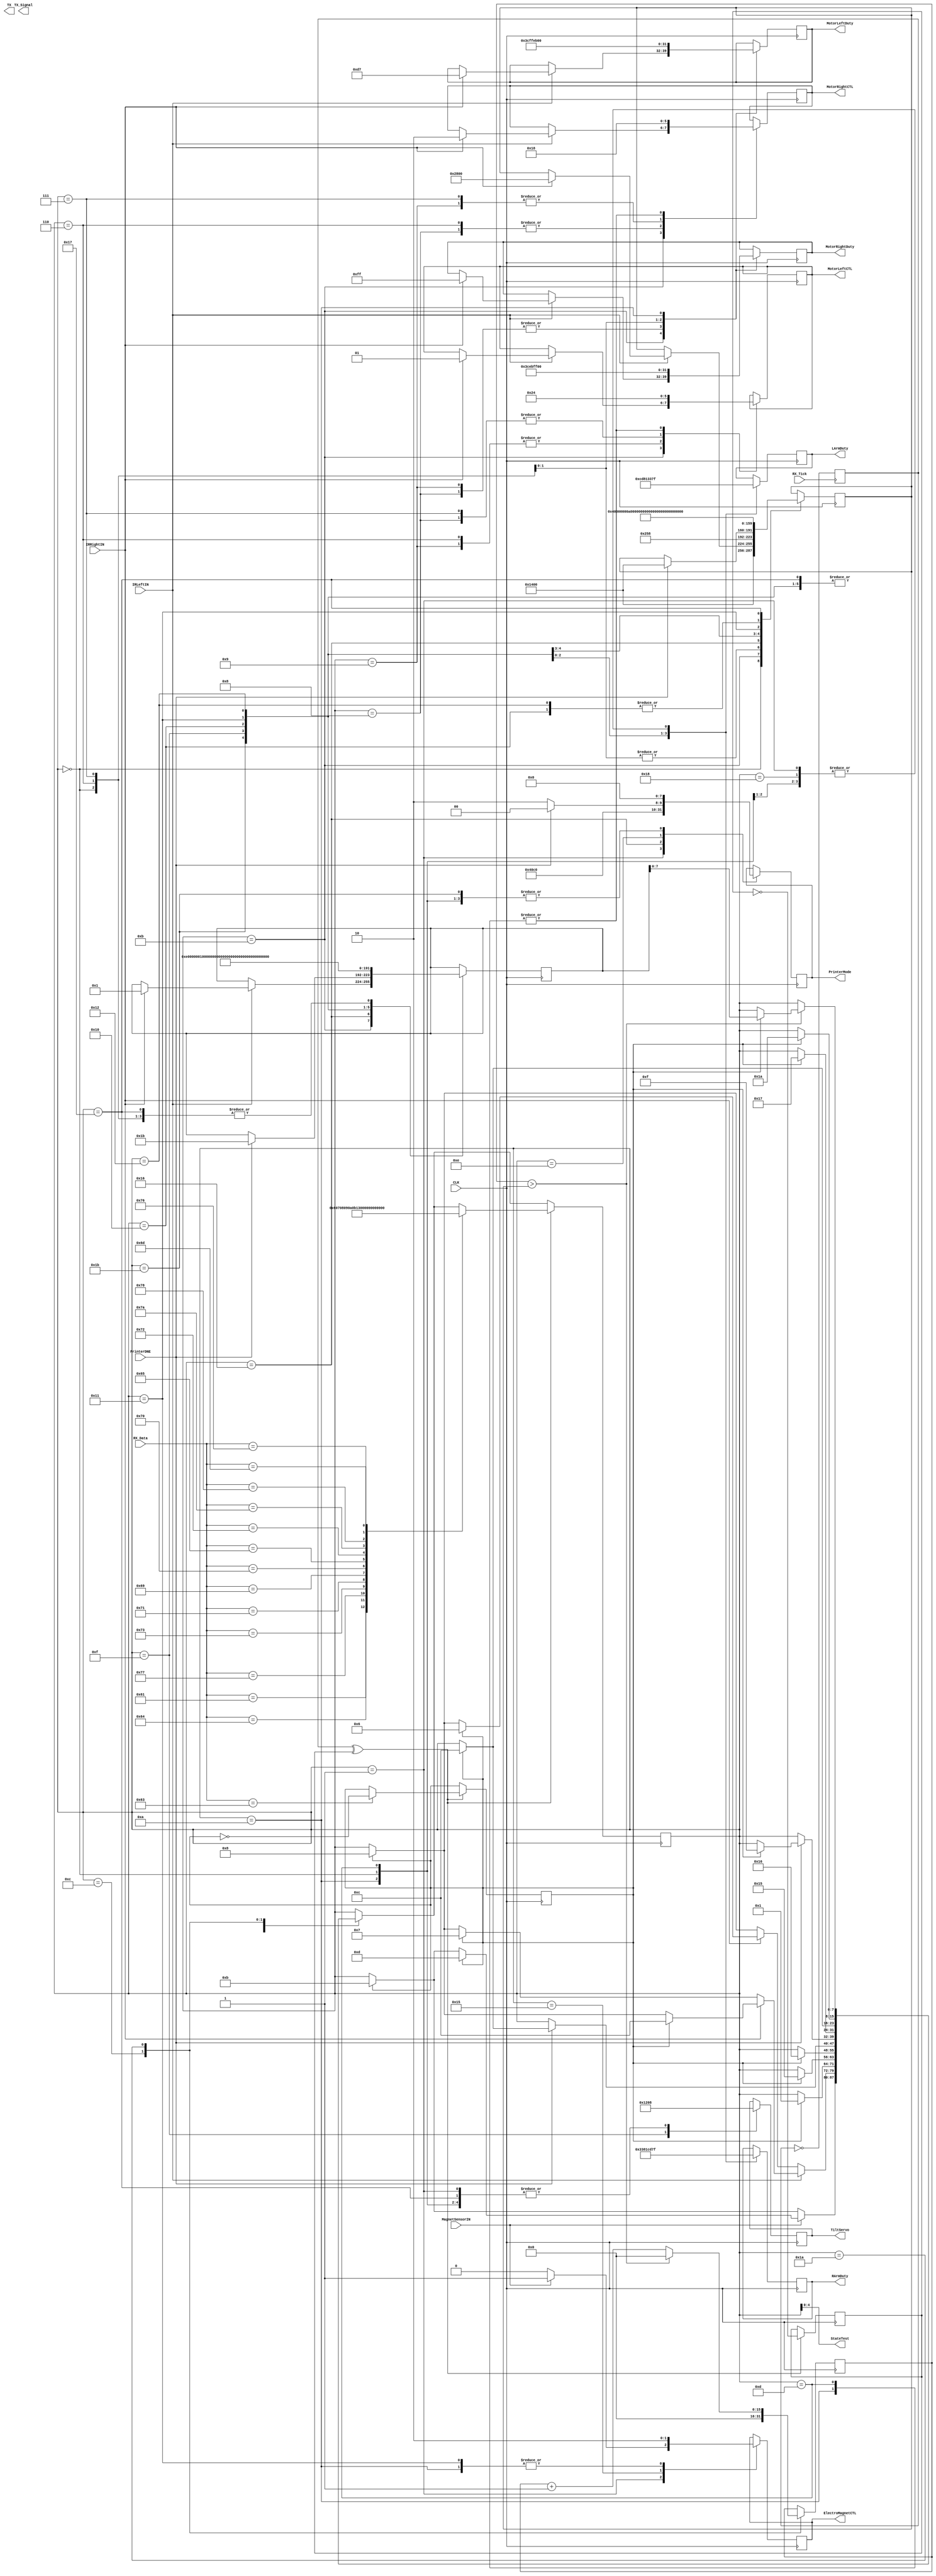
`timescale 1ns / 1ps
//////////////////////////////////////////////////////////////////////////////////
// Company: 
// 
// Design Name: 
// Module Name:    AI_Main 
// Project Name: 	 Project Lab 1 - Washer Retriever
// Target Devices: Xilinx 
// Tool versions: 
// Description: All high-level AI state-machine logic is performed here.
//				Subsequent operations are handled in sub-files with AI_ as the 
//				prefix.
//
// Dependencies: 
//
// Revision: 0.02
// Revision 0.01 - File Created
// Additional Comments: 
//
//////////////////////////////////////////////////////////////////////////////////
module AI(
	 input CLK,
    input MagnetSensorIN,
	 input IRLeftIN, // Infared sensors
	 input IRRightIN,
	 input [7:0] RX_Data,
	 input RX_Tick,
	 input PrinterDNE,
	 
    output reg ElectroMagnetCTL,
	 output reg [7:0] MotorLeftDuty, // duty cycle controller
    output reg [1:0] MotorLeftCTL,
    output reg [7:0] MotorRightDuty,
    output reg [1:0] MotorRightCTL,
    output reg [7:0] TiltServo,
	 output reg [7:0] LArmDuty,
	 output reg [7:0] RArmDuty,
	 output [4:0] StateTest, // test bits for state, use with 7-seg
	 output reg [7:0] TX, // Data to write to transmitter
	 output reg TX_Signal, // turn on to "send", off to reset
	 output reg [7:0] PrinterMode
    );
	 // Brian changed motor speed to 10 at 7:26 pm.
	 //parameter LINECOUNT = 1660; // estimated lines (0x06b3)
	 //parameter LINECOUNT = 1900;
	 parameter SECONDCNT = 5120; // time for 1 second
	 parameter MOTOR_SPEED = 60; // 256-50 = 196 inverted speed
	 parameter ARM_SLEEP = (SECONDCNT*6)/4; // back / forward servo timing
	 parameter TURN_SPEED = 255; // speed used for turning
	 
	 reg [7:0] MotorLeftDuty_; // duty cycle controller
    reg [1:0] MotorLeftCTL_;
    reg [7:0] MotorRightDuty_;
    reg [1:0] MotorRightCTL_;
	 reg ElectromagnetCTL_;
	 //wire IRLeftIN_N, IRRightIN_N;
	 
	 // Assume that enum counts from 0 -> N
	 parameter S_INITIAL = 0;
	 parameter S_METALDETECT = 1;
	 parameter S_ULTRASOUND = 2;
	 parameter S_EDGELEFT = 3;
	 parameter S_EDGECENTER = 4;
	 parameter S_EDGERIGHT = 5;
	 parameter S_TURNLEFT = 6;
	 parameter S_TURNRIGHT = 7;
	 parameter S_MOVEFWD = 8;
	 parameter S_MOVEBACK = 9;
	 parameter S_STOP = 10;		// 	A
	 parameter S_IR = 11;		// 	B
	 parameter S_WAIT = 12;		// 	C
	 parameter S_METAL_FOUND = 13;//	D 	
	 parameter S_RETURN_HEAD = 14;// E	
	 parameter S_SERVOBACK = 15;// 	F
	 parameter S_MOVE_ARMS_BACK = 16;// 	
	 parameter S_DROP = 17;		// 	
	 parameter S_MOVE_ARMS_FORWARD = 18;
	 parameter S_MANAGE_PRINTERHEAD = 19;
	 parameter S_SOUNDSENSE = 20; // move the robot to a specific sound (2-signal phase change)
	 parameter S_ENABLE_MAGNET = 21;
	 parameter S_MOVE_COLLECT = 22;
	 parameter S_TILT_SERVO_BACK = 23;
	 parameter S_STOP_ARMS = 24;
	 parameter S_AUDIO_FILTER_FOLLOW = 25;
	 parameter S_WAIT2 = 26;		// 	C
	 parameter S_MOVE_WAIT = 27;
	 
	 parameter S_PRINTER_STOP = 0;
	 parameter S_PRINTER_CONTROL = 1;
	 parameter S_PRINTER_CENTER = 2;
	 parameter S_PRINTER_COLLECT = 3;
	 parameter S_PRINTER_SLEEP = 4;
	
	 reg [7:0] state;
	 reg enableStateChange;
	 reg RX_X, RX_Y;
	 wire RX_Z;
	
	 // State machine
	 integer meta, meta2; 
				// inter-state data, usually assigned if an action occurs that
				// has a parameter.
	 reg [15:0] Counter; // used for waiting and counting on metal detect
	 
	 
//	 assign StateTest = state; // sets state output
	 
	 initial begin
		state = 0;
		meta = 0;
		meta2 = 0;
		MotorLeftDuty = 0;
		MotorLeftCTL = 0;
		MotorRightDuty = 0;
		MotorRightCTL = 0;
		ElectroMagnetCTL = 0;
		Counter = 0;
		LArmDuty = 0;
		RArmDuty = 0;
		enableStateChange = 1;
		RX_X = 0;
		RX_Y = 0;
		PrinterMode = 0;
	 end
	 
	 xor(RX_Z, RX_X, RX_Y);
	 //assign IRLeftIN_N = IRLeftIN;
	 //assign IRRightIN_N = IRRightIN;
	 //assign IRLeftIN_N = ~IRLeftIN;
	 //assign IRRightIN_N = ~IRRightIN;
	 assign StateTest = state;
	 
	 always @ (posedge RX_Tick) begin
		RX_X <= ~RX_X;
	 end
	 
	 always @ (posedge CLK) begin
		case(state)
				// initial state caller
			S_INITIAL: begin
							//PrinterCTL <= 1;
							PrinterMode <= 0;
							TiltServo <= 8;
							//LArmDuty <= 51; // approx 80% Duty (Clockwise)
							//RArmDuty <= 205; // approx 20% Duty (Counter Clockwise)
							
							LArmDuty <= 127; // approx 50% Duty
							RArmDuty <= 127; // approx 50% Duty
							
							meta <= SECONDCNT;  // ticks to wait
							meta2 <= S_METALDETECT; // Return state
							state = enableStateChange ? S_WAIT : state;
						end
						
			S_METALDETECT: begin // drive printer head
						// stop vex motor
						LArmDuty <= 127; // approx 50% Duty (Neutral)
						RArmDuty <= 127; // approx 50% Duty (Neutral)
						PrinterMode <= S_PRINTER_CONTROL;
						
						
						ElectroMagnetCTL <= 0; // make sure electromagnet is off
						TiltServo <= 8; // make sure servo is down
						
						state = enableStateChange ? S_IR : state; // this state is overridden
						if(MagnetSensorIN) begin // detected!
							ElectroMagnetCTL <= 1;
							state = enableStateChange ? S_METAL_FOUND : state;
						end
					end
			
			S_IR:	begin // IR will work on any surface if a good sensor type is used
						state = enableStateChange ? S_MOVEFWD : state; // else the tank will continue to move forward.
						
						// test if Both are on
						if(IRLeftIN) begin
							if(IRRightIN) begin // both are triggered, turn right
								// turn the bot right
								MotorLeftCTL <= 2'b01; // H-bridge value
								MotorLeftDuty <= TURN_SPEED-40; // PWM (tankmotor) value
								MotorRightCTL <= 2'b10;
								MotorRightDuty <= TURN_SPEED; // half speed
							
								// set wait
								meta <= 2*SECONDCNT;  // ticks to wait for turn
								meta2 <= S_METALDETECT; // Return state
								state = enableStateChange ? S_WAIT : state;
								//PrinterMode <=  S_PRINTER_STOP;
								// test left side
							end else begin
								state = enableStateChange ? S_TURNRIGHT : state;	// turn right until course is corrected.
								//PrinterDuty <= 0;
								//PrinterMode <= S_PRINTER_STOP;
								// test right side
							end
						end else if(IRRightIN) begin
							state = enableStateChange ? S_TURNLEFT : state;	// turn left until course is corrected.
							//PrinterMode <= S_PRINTER_STOP;
						end
					end
					
					//Filter_Left, // Is the filter detecting the left side phase?
					//Filter_Detect, // is a signal being detected?
					//[15:0] Filter_Phase, // Phase between microphones
			/*S_AUDIO_FILTER_FOLLOW: begin
						state = enableStateChange ? S_MOVEFWD : state; // else the tank will continue to move forward.
						if(Filter_Detect) begin
							// go a direction based on PhaseDetector
							// do not use timed system; This will allow
							//	for the printer head to be functional at the same time.
							
							// this only occurs when the robot is > 5 degrees off.
							if(Filter_Phase > (5 )*8) begin
								if(Filter_Left) begin // go left?
										state = enableStateChange ? S_TURNLEFT : state; // else the tank will continue to move forward.
								end else begin // go right?
										state = enableStateChange ? S_TURNRIGHT : state; // else the tank will continue to move forward.
								end
							end else begin
								state = enableStateChange ? S_MOVEFWD : state; // else the tank will continue to move forward.
							end
						end
					end*/
			
			S_MOVEFWD: begin
							// go forward!
							MotorLeftCTL <= 2'b01; // H-bridge value
							MotorLeftDuty <= MOTOR_SPEED; // PWM (tankmotor) value
							MotorRightCTL <= 2'b01;
							MotorRightDuty <= MOTOR_SPEED; // half speed
							
							// reset to state 0
							state = enableStateChange ? S_METALDETECT : state;
						end
						
			S_MOVEBACK: begin
							// go forward!
							MotorLeftCTL <= 2'b10; // H-bridge value
							MotorLeftDuty <= MOTOR_SPEED; // PWM (tankmotor) value
							MotorRightCTL <= 2'b10;
							MotorRightDuty <= MOTOR_SPEED; // half speed
							
							// reset to state 0
							state = enableStateChange ? S_METALDETECT : state;
						end
							
			S_TURNLEFT: begin
							// turn the bot left
							MotorLeftCTL <= 2'b10; // H-bridge value
							MotorLeftDuty <= TURN_SPEED; // PWM (tankmotor) value
							MotorRightCTL <= 2'b01;
							MotorRightDuty <= TURN_SPEED-20; // half speed
							
							//state = enableStateChange ? S_METALDETECT : state;
							
							meta <= 600;  // ticks to wait for turn
							meta2 <= S_METALDETECT; // Return state
							state = enableStateChange ? S_WAIT: state;
						end
			
			S_TURNRIGHT: begin
							// turn the bot right
							MotorLeftCTL <= 2'b01; // H-bridge value
							MotorLeftDuty <= TURN_SPEED-20; // PWM (tankmotor) value
							MotorRightCTL <= 2'b10;
							MotorRightDuty <= TURN_SPEED; // half speed
							
							//state = enableStateChange ? S_METALDETECT : state;
							
							meta <= 600;  // ticks to wait for turn
							meta2 <= S_METALDETECT; // Return state
							state = enableStateChange ? S_WAIT: state;
						end
						
			S_METAL_FOUND: begin // move printerhead to left to collect
						// prepare for collection
						MotorLeftCTL <= 0;
						MotorRightCTL <= 0;
						TiltServo <= 8;
						PrinterMode <= S_PRINTER_STOP;
						
						state = enableStateChange ? S_ENABLE_MAGNET : state; // goto wait.
					end
					
			S_ENABLE_MAGNET: begin // turn the magnet on!
						ElectroMagnetCTL <= 1;
						
						state = enableStateChange ? S_MOVE_COLLECT : state; // goto wait.
					end
					
			S_MOVE_COLLECT: begin
						PrinterMode <= S_PRINTER_COLLECT;
						if(PrinterDNE) begin
								meta <= SECONDCNT;  // ticks to wait for turn
								meta2 <= S_MOVE_WAIT; // Return state
								state =  enableStateChange ? S_WAIT : state;
						end
					end
			
			S_MOVE_WAIT: begin
						PrinterMode <= S_PRINTER_STOP;
						meta <= SECONDCNT/5;  // ticks to wait for turn
						meta2 <= S_RETURN_HEAD; // Return state
						state =  enableStateChange ? S_WAIT : state;
					end
					
			S_RETURN_HEAD: begin // return printer head back to exact middle
							PrinterMode <= S_PRINTER_CENTER;
							if(PrinterDNE) begin
								PrinterMode <= S_PRINTER_STOP; // wait for printer head
								state =  enableStateChange ? S_SERVOBACK : state;
							end
						end
					
			S_SERVOBACK: begin
						TiltServo <= 18; // tilt servo back
						
						meta <= SECONDCNT/2;  // ticks to wait
						meta2 <= S_MOVE_ARMS_BACK; // Return state
						state = enableStateChange ? S_WAIT : state;
					end
					
			S_MOVE_ARMS_BACK: begin // move arms back for deposit
						//LArmDuty <= 51; // approx 20% Duty (Counter clockwise)
						//RArmDuty <= 205; // approx 80% Duty (Clockwise)
						LArmDuty <= 205; // approx 20% Duty (Counter clockwise)
						RArmDuty <= 51; // approx 80% Duty (Clockwise)
						
						meta <= ARM_SLEEP;  // ticks to wait
						meta2 <= S_DROP; // Return state
						state = enableStateChange ? S_WAIT : state;
					end
					
			S_DROP: begin // drop washer
						LArmDuty <= 129; // neutral (50% VEX)
						RArmDuty <= 129; // neutral
						ElectroMagnetCTL <= 0; // electromagnet off.
						
						meta <= SECONDCNT/10;  // ticks to wait
						meta2 <= S_MOVE_ARMS_FORWARD; // Return state
						state = enableStateChange ? S_WAIT : state;
					end
			
			S_MOVE_ARMS_FORWARD: begin // reset arms back to position
						//LArmDuty <= 205; // approx 80% Duty (Clockwise)
						//RArmDuty <= 51; // approx 20% Duty (Counter Clockwise)
						LArmDuty <= 51; // approx 80% Duty (Clockwise)
						RArmDuty <= 205; // approx 20% Duty (Counter Clockwise)
						
						meta <= ARM_SLEEP;  // ticks to wait
						meta2 <= S_STOP_ARMS; // Return state
						state = enableStateChange ? S_WAIT : state;
					end
					
			S_STOP_ARMS: begin
						LArmDuty <= 127; // approx 50% Duty (Off)
						RArmDuty <= 127; // approx 20% Duty (Off)
						state = enableStateChange ? S_TILT_SERVO_BACK : state;
					end
					
			S_TILT_SERVO_BACK: begin
						TiltServo <= 8;
						
						meta <= SECONDCNT/4;  // ticks to wait
						meta2 <= S_METALDETECT; // Return state
						state = enableStateChange ? S_WAIT : state;
					end
			
			S_STOP: begin
							// do not use this state.
							MotorLeftCTL <= 0; 
							MotorLeftDuty <= 0;
							MotorRightCTL <= 0;
							MotorRightDuty <= 0;
							LArmDuty <= 127; // approx 50% Duty (Off)
							RArmDuty <= 127; // approx 20% Duty (Off)
							ElectroMagnetCTL <= 0; // electromagnet off.
							//LineCounterReset <= 0;
							TiltServo <= 8; // 
							
							//PrinterCTL <= 1; // reset ctl
							//PrinterDuty <= 0; // stop printer head!
							PrinterMode <= 0;
						end
						
			// Wait for a given time in meta2, meta determines state
						// meta == 1: "Wait" meta == 2: "done"
			S_WAIT: begin
							Counter <= 0; // reset counter
							state = enableStateChange ? S_WAIT2 : state;
						end
			S_WAIT2: begin
							if(Counter > meta) begin // end wait
								state = enableStateChange ? meta2 : state;
								Counter <= 0;
							end else // do wait
								Counter <= Counter + 1;
						end
		endcase
		
		if(RX_Z) begin
			RX_Y <= ~RX_Y;
			
			
			case (RX_Data) // select the state that is wanted
				"a": state = S_TURNLEFT;
				"d": state = S_TURNRIGHT;
				"w": state = S_MOVEFWD;
				"s": state = S_MOVEBACK;
				"q": state = S_STOP;
				"c": enableStateChange <= ~enableStateChange; // prevents robot from auto state
				"i": state = S_IR; // goto Infrared detector state
				"p": state = S_MANAGE_PRINTERHEAD; // goto manage printerhead state
				"e": state = S_ENABLE_MAGNET;
				"r": state = S_DROP;
				"z": state = S_MOVE_ARMS_FORWARD;
				"x": state = S_MOVE_ARMS_BACK;
				"v": state = S_SERVOBACK; // tilt servo
				"m": state = S_METAL_FOUND; // found metal!
			endcase
		end
	 end
endmodule